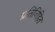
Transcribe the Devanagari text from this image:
प्रतिनिहित